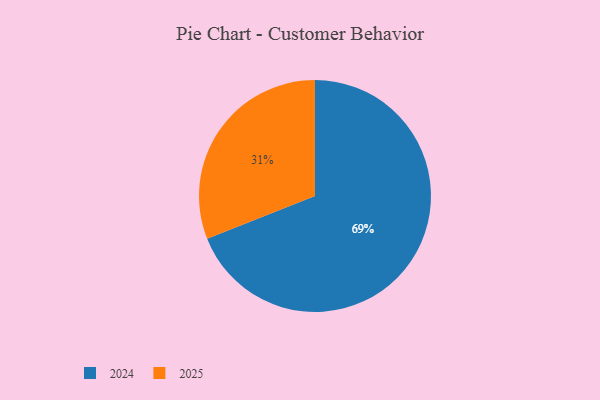
{"axis": {"x": "Category", "y": "Percentage"}, "legend": ["2024", "2025"], "data": [{"x": "2024", "y": 69, "type": "2024"}, {"x": "2025", "y": 31, "type": "2025"}]}